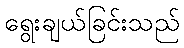
ရွေးချယ်ခြင်းသည်